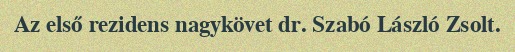
Az első rezidens nagykövet dr. Szabó László Zsolt.